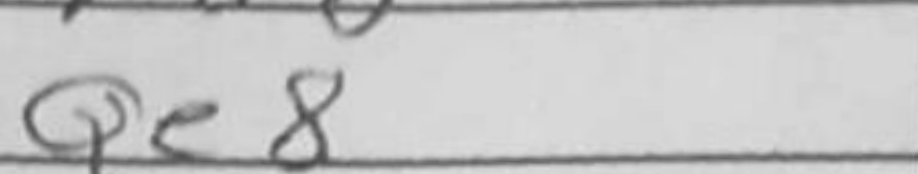
Transcription: Qe8